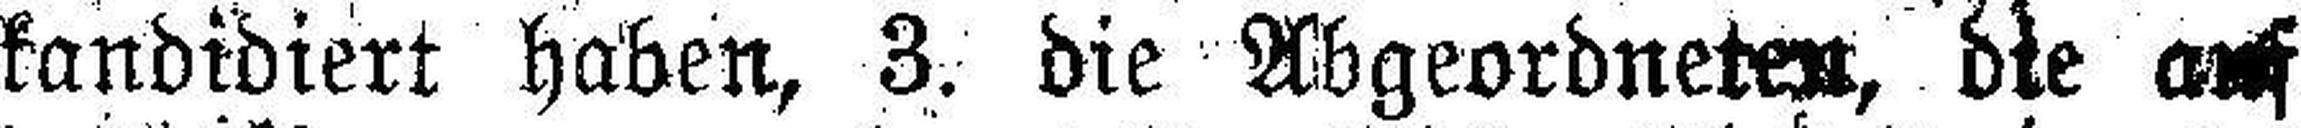
kandidiert haben, 3. die Abgeordneten, die auf